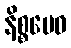
နိစ္စမေဝ